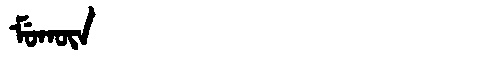
Manchu: ᠮᡠᡴᡡᠨ
Romanization: MUKŪN